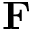
\mathbf { F }